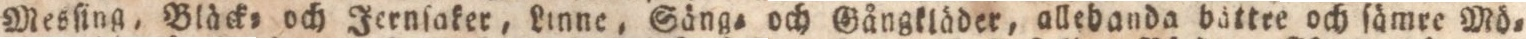
Mesſing, Blàck= och Jernſaker, Linne, Sång= och Gångkläder, allebande bättre och ſämee Mö=